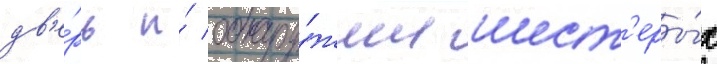
дв'е́рь и́ обнару́жил шест'еры́х